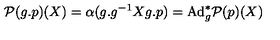
{ \cal P } ( g . p ) ( X ) = \alpha ( g . g ^ { - 1 } X g . p ) = \mathrm { A d } _ { g } ^ { * } { \cal P } ( p ) ( X )